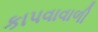
કાપવાવાળી